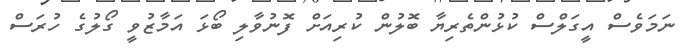
ނަމަވެސް އީގަލްސް ކުޅުންތެރިޔާ ބޮލުން ކުރިއަށް ފޮނުވާލި ބޯޅަ އަމާޒުވީ ގޯލުގެ ހުރަސް